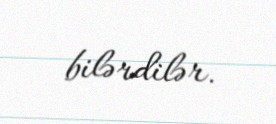
bilərdilər.